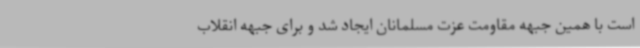
است با همین جبهه مقاومت عزت مسلمانان ایجاد شد و برای جبهه انقلاب